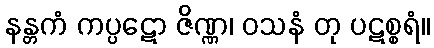
နန္တကံ ကပ္ပဋော ဇိဏ္ဏ၊ ဝသနံ တု ပဋစ္စရံ။